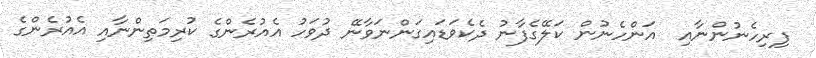
ފިރިހެނުންނާއި  އަންހެނުން ކަލޭގެފާނު ދެކެވަޑައިގަންނަވާނޭ ދުވަހު އެއުރެންގެ ކުރިމަތިންނާއި އެއުރެންގެ